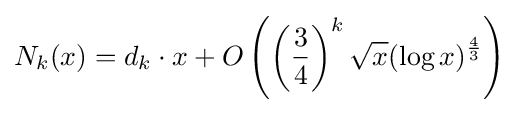
N_{k}(x)=d_{k}\cdot x+O\left(\left({\frac {3}{4}}\right)^{k}{\sqrt {x}}(\log x)^{\frac {4}{3}}\right)